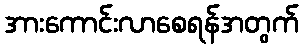
အားကောင်းလာစေရန်အတွက်